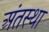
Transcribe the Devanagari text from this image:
अंंतस्था